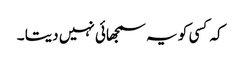
کہ کسی کو یہ سمجھائی نہیں دیتا ۔